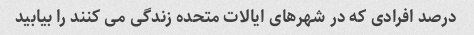
درصد افرادی که در شهرهای ایالات متحده زندگی می کنند را بیابید